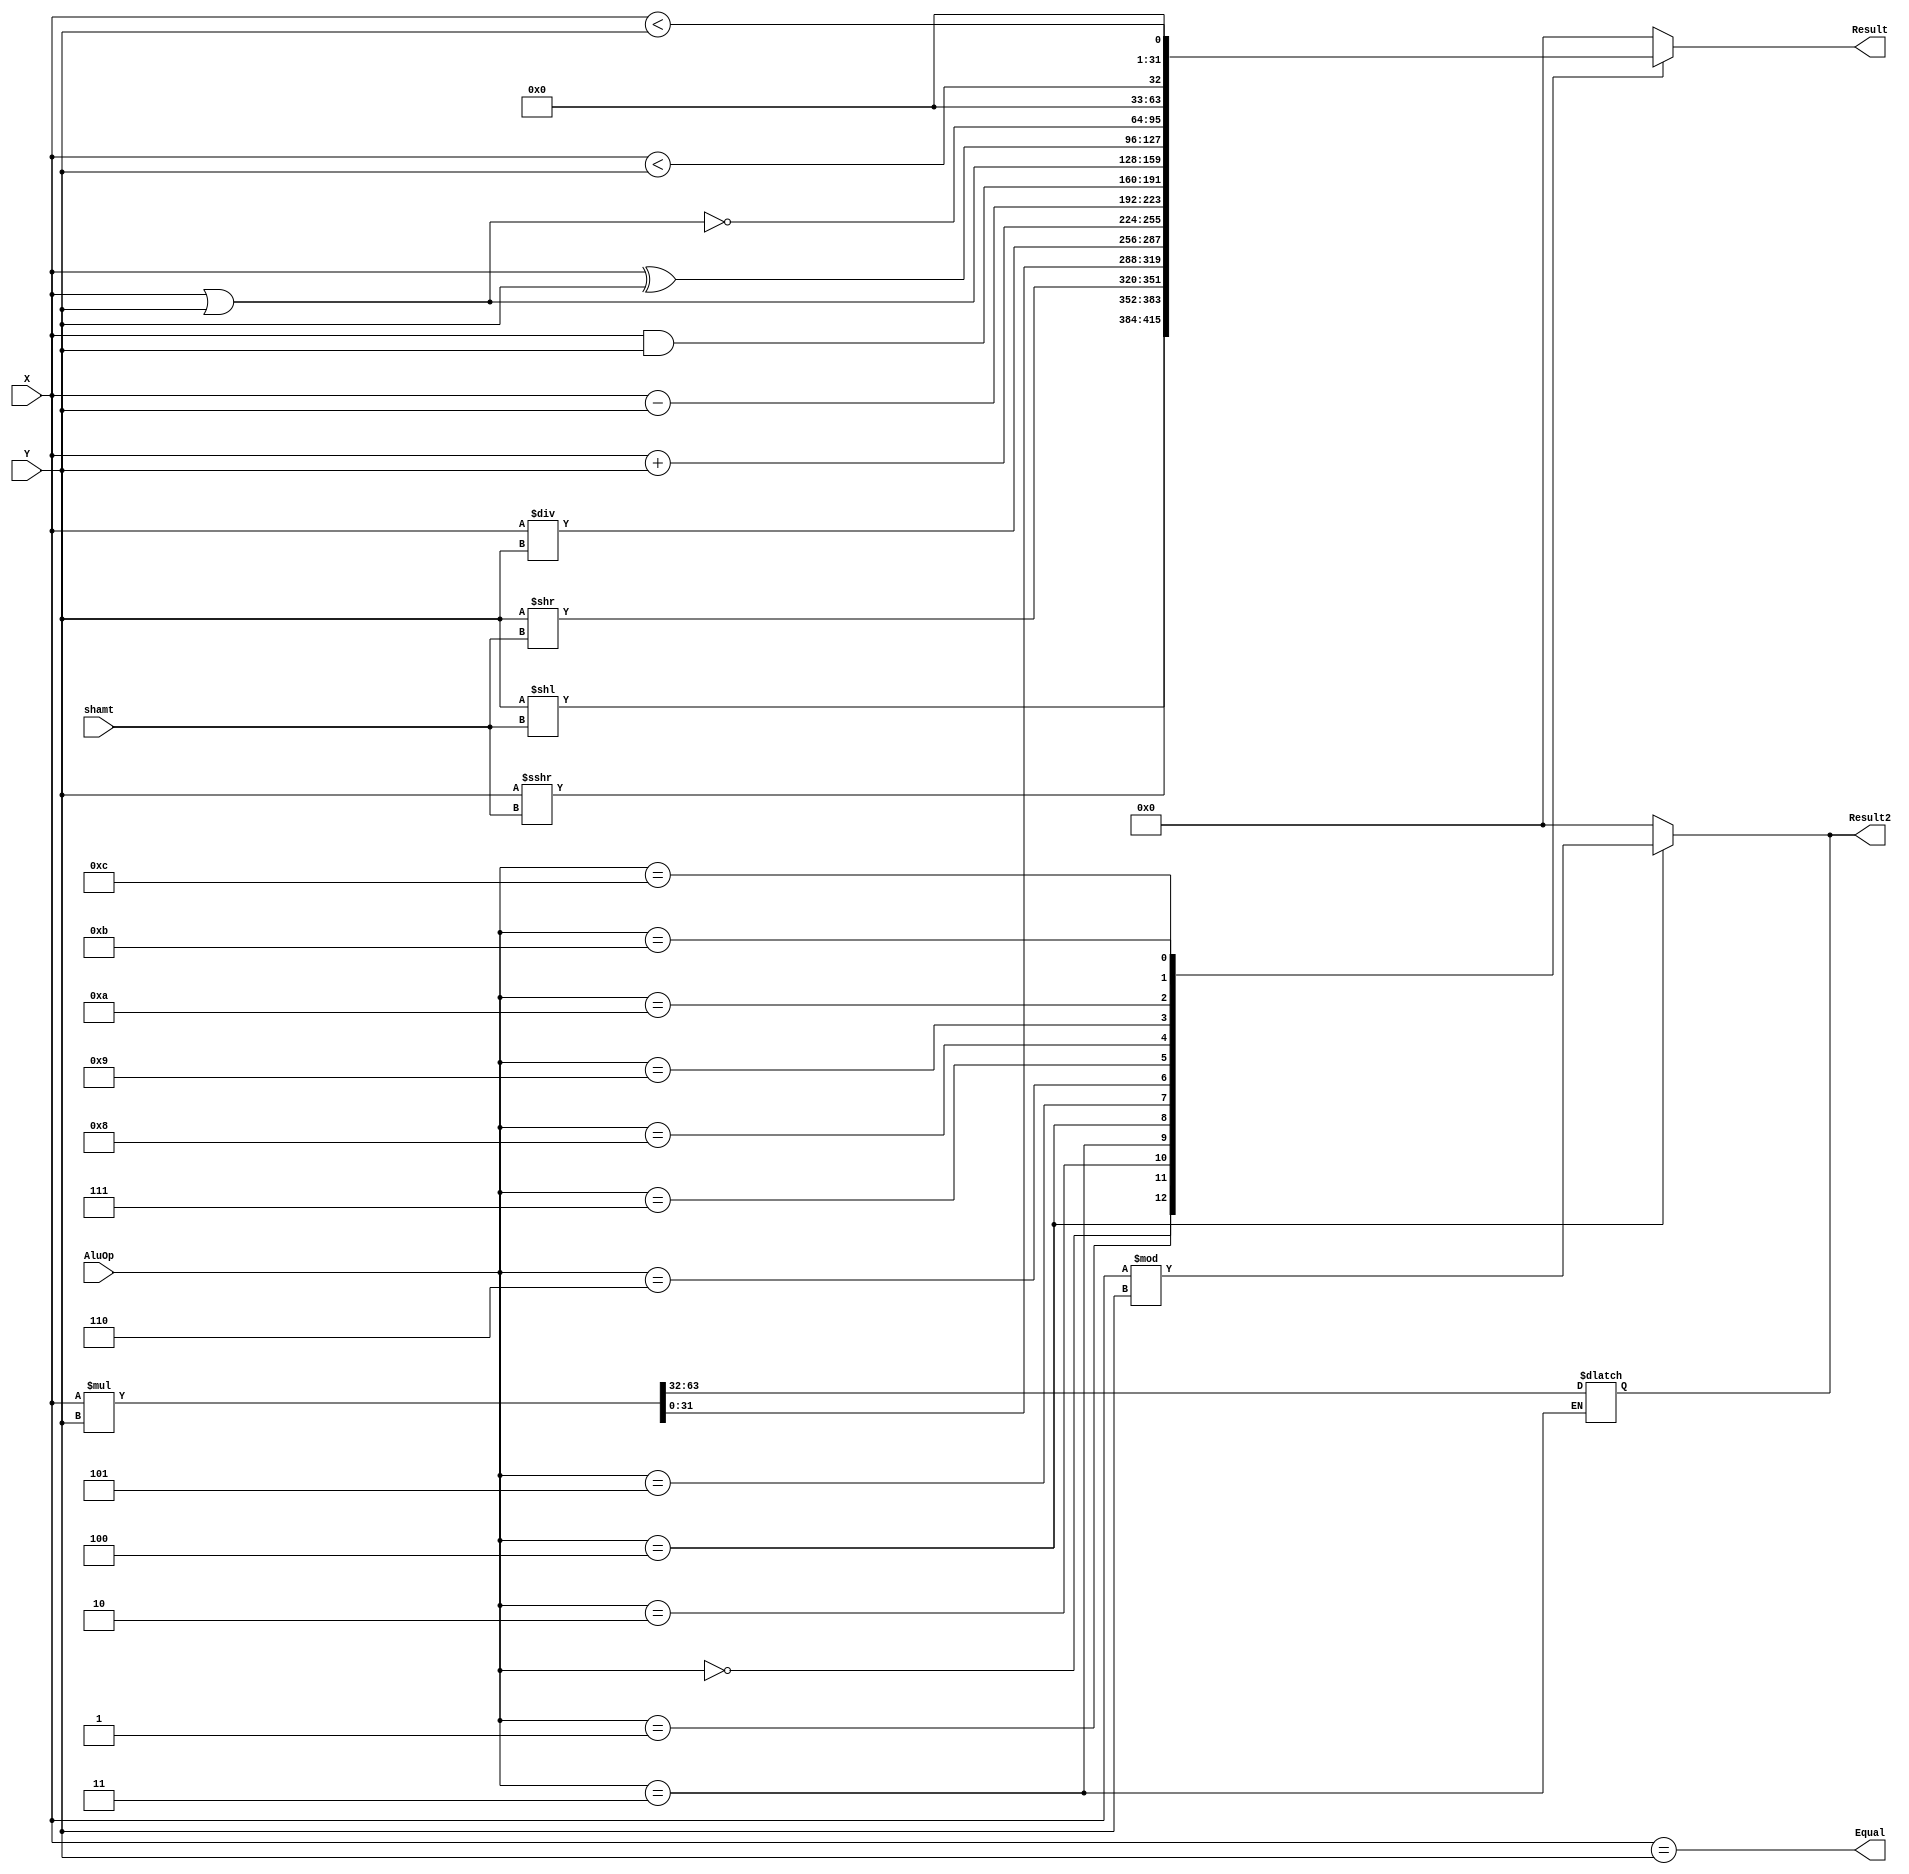
`timescale 1ns / 1ps

module ALU(X, Y, shamt, AluOp, Result, Result2, Equal);
    input wire [31:0] X, Y;
    input wire [3:0] AluOp;
    input wire [4:0] shamt;
    output reg [31:0] Result, Result2;
    output wire Equal;
    assign Equal = (X == Y);
    
    always @(X, Y, shamt, AluOp)
    begin
        case (AluOp)
        0: Result <= Y << shamt;
        1: Result <= $signed(Y) >>> shamt;
        2: Result <= Y >> shamt;
        3: {Result2, Result} <= X * Y;
        4: Result <= X / Y;
        5: Result <= X + Y;
        6: Result <= X - Y;
        7: Result <= X & Y;
        8: Result <= X | Y;
        9: Result <= X ^ Y;
        10: Result <= ~(X | Y);
        11: Result <= $signed(X) < $signed(Y); 
        12: Result <= $unsigned(X) < $unsigned(Y);
        default: Result <= 0;
        endcase
    end
    
    always @(X, Y, shamt, AluOp)
    begin
        case (AluOp)
        4: Result2 <= X % Y; 
        default: Result2 <= 0;
        endcase    
    end


endmodule